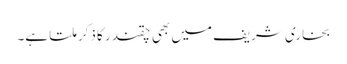
بخاری شریف میں بھی چقندر کا ذکر ملتا ہے۔